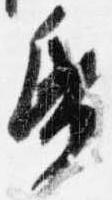
帋